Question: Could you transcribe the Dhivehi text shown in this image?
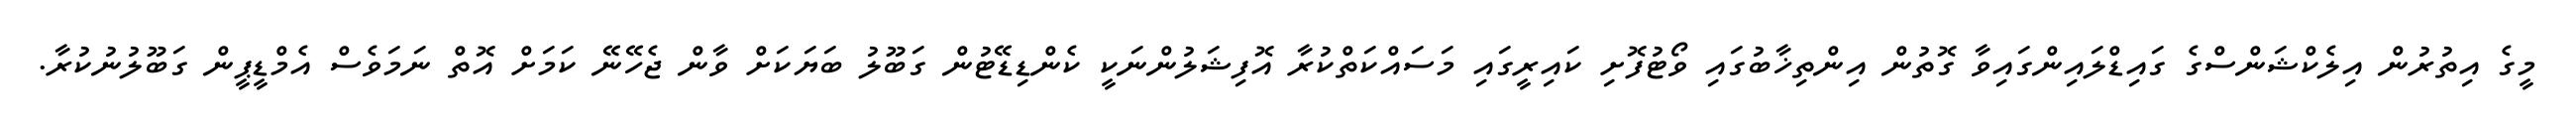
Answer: މީގެ އިތުރުން އިލެކްޝަންސްގެ ގައިޑްލައިންގައިވާ ގޮތުން އިންތިޚާބުގައި ވޯޓުފޮށި ކައިރީގައި މަސައްކަތްކުރާ އޮފިޝަލުންނަކީ ކެންޑިޑޭޓުން ގަބޫލު ބަޔަކަށް ވާން ޖެހޭނޭ ކަމަށް އޮތް ނަމަވެސް އެމްޑީޕީން ގަބޫލުނުކުރާ.